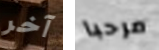
آخر مرحبا